Report on metropolitan horse fairs and district horse shows of 1891-92 - 1891-1892
Year: 1891
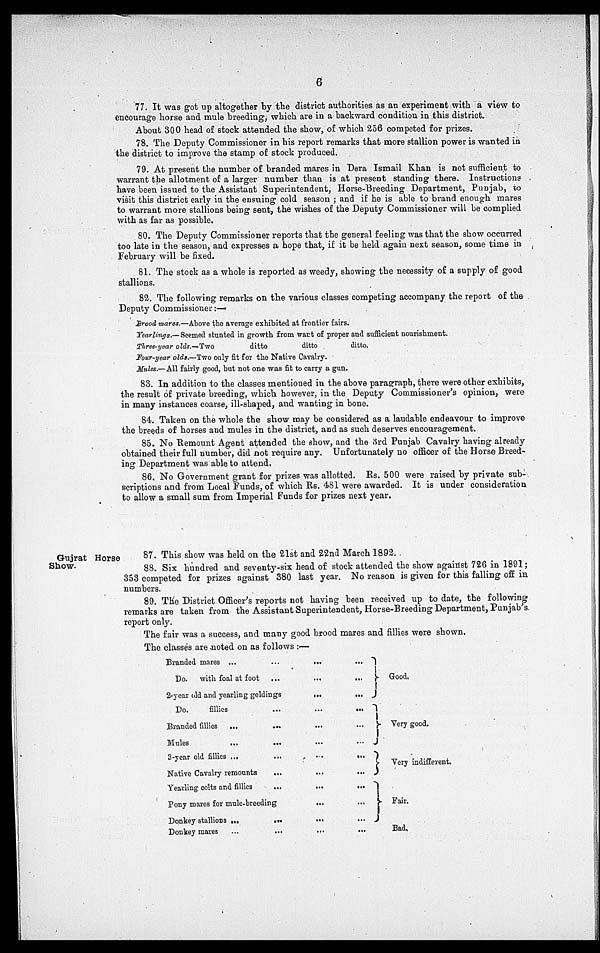
6
77. It was got up altogether by the district authorities as an experiment with a view to
encourage horse and mule breeding, which are in a backward condition in this district.
About 300 head of stock attended the show, of which 256 competed for prizes.
78. The Deputy Commissioner in his report remarks that more stallion power is wanted in
the district to improve the stamp of stock produced.
79. At present the number of branded mares in Dera Ismail Khan is not sufficient to
warrant the allotment of a larger number than is at present standing there. Instructions
have been issued to the Assistant Superintendent, Horse-Breeding Department, Punjab, to
visit this district early in the ensuing cold season; and if he is able to brand enough mares
to warrant more stallions being sent, the wishes of the Deputy Commissioner will be complied
with as far as possible.
80. The Deputy Commissioner reports that the general feeling was that the show occurred
too late in the season, and expresses a hope that, if it be held again next season, some time in
February will be fixed.
81. The stock as a whole is reported as weedy, showing the necessity of a supply of good
stallions.
82. The following remarks on the various classes competing accompany the report of the
Deputy Commissioner:—
Brood mares.—Above the average exhibited at frontier fairs.
Yearlings.—Seemed stunted in growth from wart of proper and sufficient nourishment.
Three-year olds.—Two
ditto
ditto
ditto.
Four-year olds.—Two only fit for the Native Cavalry.
Mules.—All fairly good, but not one was fit to carry a gun.
83. In addition to the classes mentioned in the above paragraph, there were other exhibits,
the result of private breeding, which however, in the Deputy Commissioner's opinion, were
in many instances coarse, ill-shaped, and wanting in bone.
84. Taken on the whole the show may be considered as a laudable endeavour to improve
the breeds of horses and mules in the district, and as such deserves encouragement.
85. No Remount Agent attended the show, and the 3rd Punjab Cavalry having already
obtained their full number, did not require any. Unfortunately no officer of the Horse Breed-
ing Department was able to attend.
86. No Government grant for prizes was allotted. Rs. 500 were raised by private sub-
scriptions and from Local Funds, of which Rs. 481 were awarded. It is under consideration
to allow a small sum from Imperial Funds for prizes next year.
Gujrat Horse
Show.
87. This show was held on the 21st and 22nd March 1892.
88. Six hundred and seventy-six head of stock attended the show against 726 in 1891;
353 competed for prizes against 380 last year. No reason is given for this falling off in
numbers.
89. The District Officer's reports not having been received up to date, the following
remarks are taken from the Assistant Superintendent, Horse-Breeding Department, Punjab's
report only.
The fair was a success, and many good brood mares and fillies were shown.
The classes are noted on as follows :—
Branded mares ...
Do. with foal at foot
...
...
2-year old and yearling geldings
Do.
fillies
Branded fillies ...
Mules ...
3-year old fillies ...
Native Cavalry remounts
Yearling colts and fillies
...
...
...
...
...
...
Pony mares for mule-breeding
Donkey stallions ...
Donkey mares ...
...
...
...
...
...
...
...
...
...
...
...
...
...
...
...
...
...
...
...
...
...
...
...
...
...
...
Good.
Very good.
Very indifferent.
Fair.
Bad.